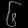
Digit: ၆